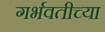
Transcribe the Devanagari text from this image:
गर्भवतीच्या